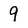
Character: 9